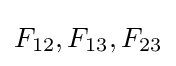
F_{12},F_{13},F_{23}